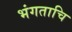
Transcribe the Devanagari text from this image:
भंगताचि